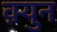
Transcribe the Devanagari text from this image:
क़्युन